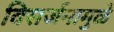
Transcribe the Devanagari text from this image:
विसर्जनामुळे